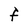
Character: F